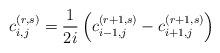
LaTeX: \begin{align*}c_{i,j}^{(r,s)}&=\dfrac{1}{2i}\left(c_{i-1,j}^{(r+1,s)}-c_{i+1,j}^{(r+1,s)}\right)\end{align*}